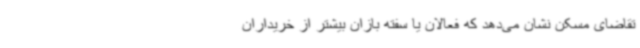
تقاضای مسکن نشان می‌دهد که فعالان یا سفته بازان بیشتر از خریداران